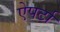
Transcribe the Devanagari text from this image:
ऐपर्टा